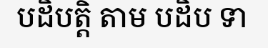
បដិបត្តិ តាម បដិប ទា